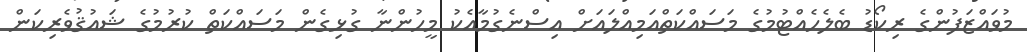
މުވައްޒަފުންގެ ރިކޯޑު ބެލެހެއްޓުމުގެ މަސައްކަތްއަމިއްލައަށް އިސްނެގުމާއެކު މީހުންނާ ގުޅިގެން މަސައްކަތް ކުރުމުގެ ޝައުޤުވެރިކަން